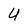
Character: U